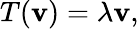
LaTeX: T(\mathbf{v})=\lambda\mathbf{v},